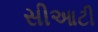
સીઆટી